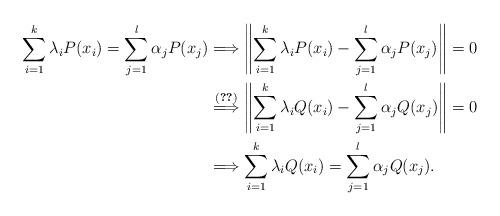
LaTeX: \begin{align*}\sum\limits_{i=1}^k\lambda_i P(x_i)=\sum\limits_{j=1}^l\alpha_j P(x_j) & \Longrightarrow \left\|\sum_{i=1}^k\lambda_i P(x_i)-\sum_{j=1}^l\alpha_j P(x_j)\right\|=0\\ & \stackrel{(\ref{4aast})}{\Longrightarrow} \left\|\sum_{i=1}^k\lambda_i Q(x_i)-\sum_{j=1}^l\alpha_j Q(x_j) \right\|=0\\ &\Longrightarrow \sum_{i=1}^k\lambda_i Q(x_i)=\sum_{j=1}^l\alpha_j Q(x_j). \end{align*}